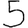
Digit: 5